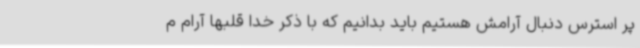
پر استرس دنبال آرامش هستیم باید بدانیم که با ذکر خدا قلبها آرام م